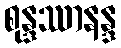
စုန္ဒဿာနန္ဒ